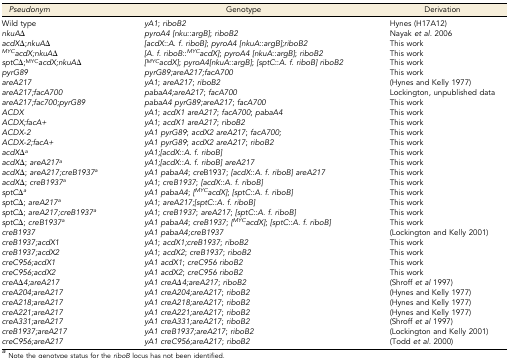
<table><thead><tr><td><b><i>Pseudonym</i></b></td><td><b>Genotype</b></td><td><b>Derivation</b></td></tr></thead><tbody><tr><td>Wild type</td><td><i>yA1</i>; <i>riboB2</i></td><td>Hynes (H17A12)</td></tr><tr><td><i>nkuA</i>Δ</td><td><i>pyroA4 [nku</i>::<i>argB]</i>; <i>riboB2</i></td><td>Nayak <i>et al.</i> 2006</td></tr><tr><td><i>acdX</i>Δ;<i>nkuA</i>Δ</td><td><i>[acdX</i>::<i>A. f. riboB]</i>; <i>pyroA4 [nkuA</i>::<i>argB];riboB2</i></td><td>This work</td></tr><tr><td><i><sup>MYC</sup>acdX;nkuA</i>Δ</td><td><i>[A. f. riboB</i>::<i><sup>MYC</sup>acdX]</i>; <i>pyroA4 [nkuA</i>::<i>argB]</i>; <i>riboB2</i></td><td>This work</td></tr><tr><td><i>sptC</i>Δ;<sup>MYC</sup><i>acdX;nkuA</i>Δ</td><td><i>[<sup>MYC</sup>acdX]</i>; <i>pyroA4[nkuA</i>::<i>argB]</i>; <i>[sptC</i>::<i>A. f. riboB] riboB2</i></td><td>This work</td></tr><tr><td><i>pyrG89</i></td><td><i>pyrG89;areA217;facA700</i></td><td>This work</td></tr><tr><td><i>areA217</i></td><td><i>yA1</i>; <i>areA217</i>; <i>riboB2</i></td><td>(Hynes and Kelly 1977)</td></tr><tr><td><i>areA217;facA700</i></td><td><i>pabaA4;areA217</i>; <i>facA700</i></td><td>Lockington, unpublished data</td></tr><tr><td><i>areA217;fac700;pyrG89</i></td><td><i>pabaA4 pyrG89;areA217</i>; <i>facA700</i></td><td>This work</td></tr><tr><td><i>ACDX</i></td><td><i>yA1</i>; <i>acdX1 areA217</i>; <i>facA700</i>; <i>pabaA4</i></td><td>This work</td></tr><tr><td><i>ACDX;facA+</i></td><td><i>yA1</i>; <i>acdX1 areA217</i>; <i>riboB2</i></td><td>This work</td></tr><tr><td><i>ACDX-2</i></td><td><i>yA1 pyrG89</i>; <i>acdX2 areA217</i>; <i>facA700;</i></td><td>This work</td></tr><tr><td><i>ACDX-2;facA+</i></td><td><i>yA1 pyrG89</i>; <i>acdX2 areA217</i>; <i>riboB2</i></td><td>This work</td></tr><tr><td><i>acdX</i>Δ<i><sup>a</sup></i></td><td><i>yA1;[acdX</i>::<i>A. f. riboB]</i></td><td>This work</td></tr><tr><td><i>acdX</i>Δ; <i>areA217</i><i><sup>a</sup></i></td><td><i>yA1;[acdX</i>::<i>A. f. riboB] areA217</i></td><td>This work</td></tr><tr><td><i>acdX</i>Δ; <i>areA217;creB1937</i><i><sup>a</sup></i></td><td><i>yA1 pabaA4</i>; <i>cre</i>B1937; <i>[acdX</i>::<i>A. f. riboB] areA217</i></td><td>This work</td></tr><tr><td><i>acdX</i>Δ; <i>creB1937</i><i><sup>a</sup></i></td><td><i>yA1</i>; <i>cr</i>e<i>B1937</i>; <i>[acdX</i>::<i>A. f. riboB]</i></td><td>This work</td></tr><tr><td><i>sptC</i>Δ<i><sup>a</sup></i></td><td><i>yA1 pabaA4</i>; <i>[<sup>MYC</sup>acdX]</i>; <i>[sptC</i>::<i>A. f. riboB]</i></td><td>This work</td></tr><tr><td><i>sptC</i>Δ; <i>areA217</i><i><sup>a</sup></i></td><td><i>yA1</i>; <i>areA217;[sptC</i>::<i>A. f. riboB]</i></td><td>This work</td></tr><tr><td><i>sptC</i>Δ; <i>areA217;creB1937</i><i><sup>a</sup></i></td><td><i>yA1</i>; <i>creB1937</i>; <i>areA217</i>; <i>[sptC</i>::<i>A. f. riboB]</i></td><td>This work</td></tr><tr><td><i>sptC</i>Δ; <i>creB1937</i><i><sup>a</sup></i></td><td><i>yA1 pabaA4</i>; <i>creB1937</i>; <i>[<sup>MYC</sup>acdX]</i>; <i>[sptC</i>::<i>A. f. riboB]</i></td><td>This work</td></tr><tr><td><i>creB1937</i></td><td><i>yA1 pabaA4;creB1937</i></td><td>(Lockington and Kelly 2001)</td></tr><tr><td><i>creB1937;acdX1</i></td><td><i>yA1</i>; <i>acdX1;creB1937</i>; <i>riboB2</i></td><td>This work</td></tr><tr><td><i>creB1937;acdX2</i></td><td><i>yA1</i>; <i>acdX2</i>; <i>creB1937</i>; <i>riboB2</i></td><td>This work</td></tr><tr><td><i>creC956;acdX1</i></td><td><i>yA1 acdX1</i>; <i>creC956 riboB2</i></td><td>This work</td></tr><tr><td><i>creC956;acdX2</i></td><td><i>yA1 acdX2</i>; <i>creC956 riboB2</i></td><td>This work</td></tr><tr><td><i>creA</i>Δ<i>4;areA217</i></td><td><i>yA1 creAΔ4;areA217</i>; <i>riboB2</i></td><td>(Shroff <i>et al</i> 1997)</td></tr><tr><td><i>creA204;areA217</i></td><td><i>yA1 creA204;areA217</i>; <i>riboB2</i></td><td>(Hynes and Kelly 1977)</td></tr><tr><td><i>creA218;areA217</i></td><td><i>yA1 creA218;areA217</i>; <i>riboB2</i></td><td>(Hynes and Kelly 1977)</td></tr><tr><td><i>creA221;areA217</i></td><td><i>yA1 creA221;areA217</i>; <i>riboB2</i></td><td>(Hynes and Kelly 1977)</td></tr><tr><td><i>creA331;areA217</i></td><td><i>yA1 creA331;areA217</i>; <i>riboB2</i></td><td>(Shroff <i>et al</i> 1997)</td></tr><tr><td><i>creB1937;areA217</i></td><td><i>yA1 creB1937;areA217</i>; <i>riboB2</i></td><td>(Lockington and Kelly 2001)</td></tr><tr><td><i>creC956;areA217</i></td><td><i>yA1 creC956;areA217</i>; <i>riboB2</i></td><td>(Todd <i>et al.</i> 2000)</td></tr></tbody></table>